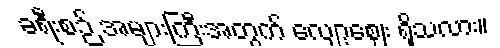
ခရီးစဉ် အများကြီးအတွက် လျော့ဈေး ရှိသလား။